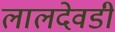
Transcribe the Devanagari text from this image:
लालदेवडी